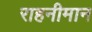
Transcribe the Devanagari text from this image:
राहनीमान